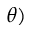
\boldsymbol { \theta } )